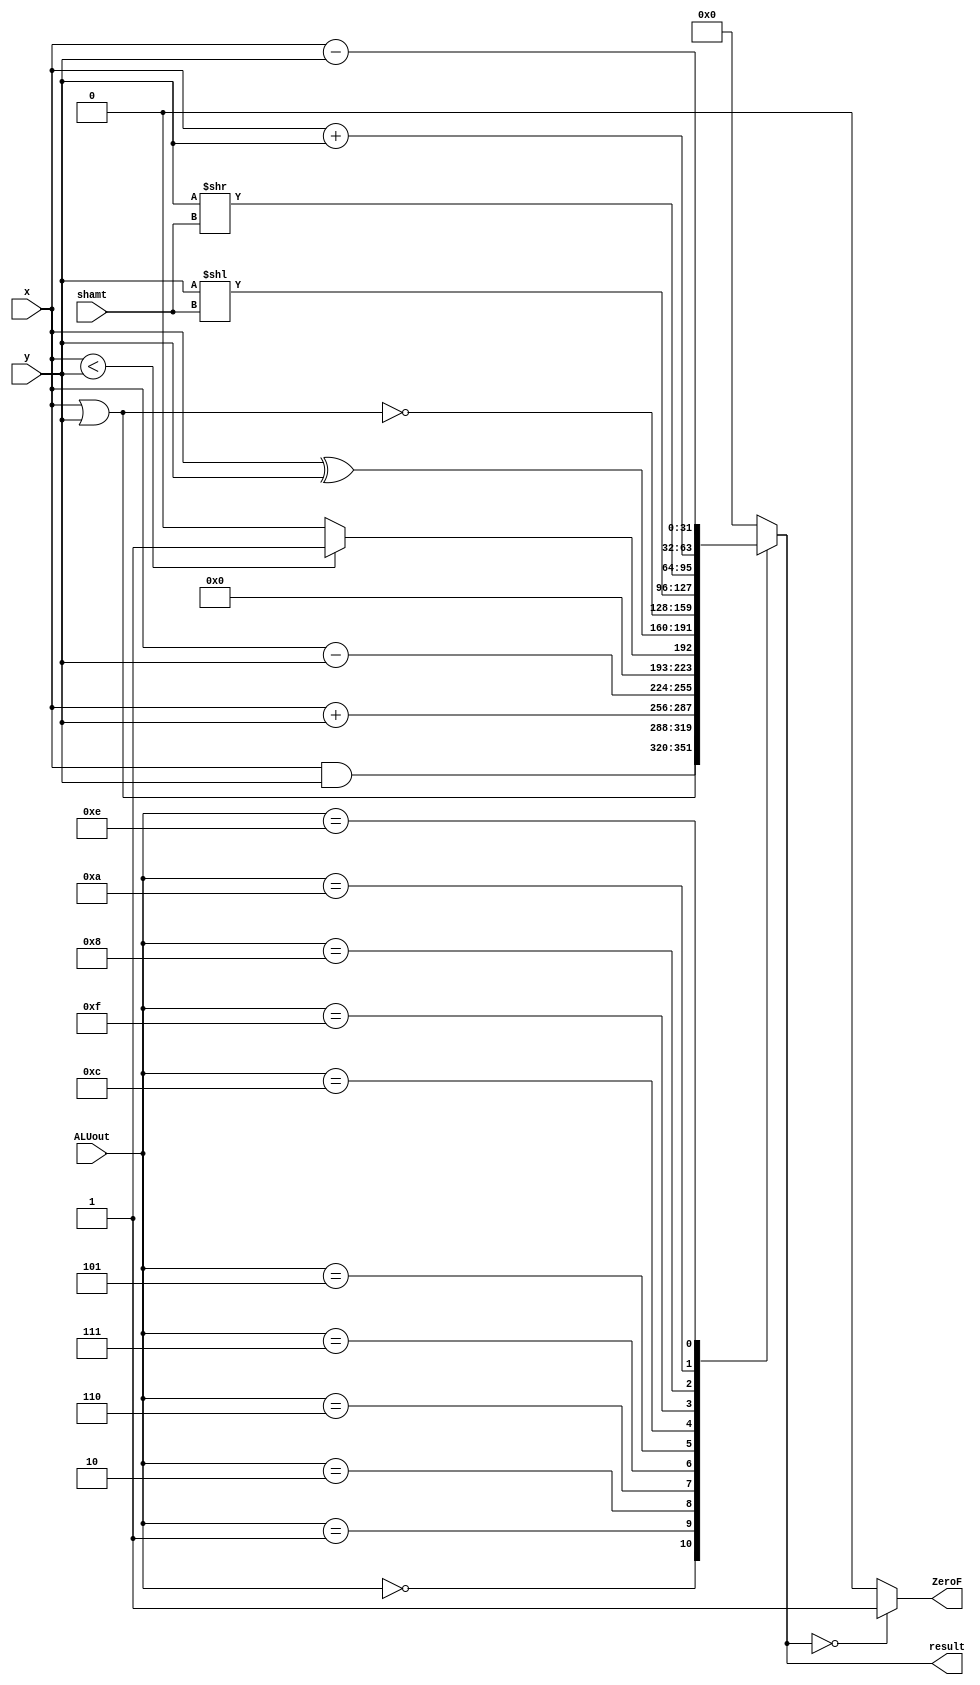
module Alu(shamt,x,y,ALUout,ZeroF,result);
		input [4:0]shamt;
		input [31:0] x,y;
		input [3:0] ALUout;
		output ZeroF;
		output reg [31:0] result;
		 
		//wire unsigned [31:0] x_unsigned = x;
		//wire unsigned [31:0] y_unsigned = y;
		
		wire signed [31:0] x_signed = x;
		wire signed [31:0] y_signed = y;
		
always@(*)begin		
		case(ALUout) 
		4'b0000:  result = x & y;
		4'b0001:  result = x | y;  
		4'b0010:  result = x_signed + y_signed ;  //add 
		4'b0110:  result = x_signed - y_signed ;  //sub 
		4'b0111:  result = (x_signed < y_signed) ? 32'h00000001 : 32'd0;  // slt 
	   4'b0101:  result = x ^ y; // check
		4'b1100:  result = ~(x|y);   
		4'b1111:  result = y<<shamt;    // shift left logical  , check  
		4'b1000:  result = y>>shamt;    // shift right logical  , check 
		4'b1010:  result = x + y;   // add unsigned 
		4'b1110:  result = x - y;  //  sub unsigned 
		default : result = 0 ;
		endcase
		end
		
		assign ZeroF = (result == 0) ? 1'b1 : 1'b0;
		
endmodule